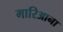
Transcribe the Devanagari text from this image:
मारिआना